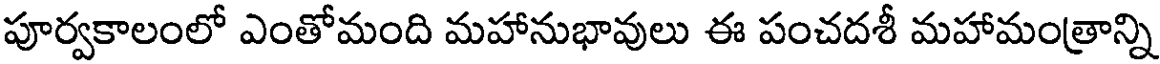
పూర్వకాలంలో ఎంతోమంది మహానుభావులు ఈ పంచదశీ మహామంత్రాన్ని